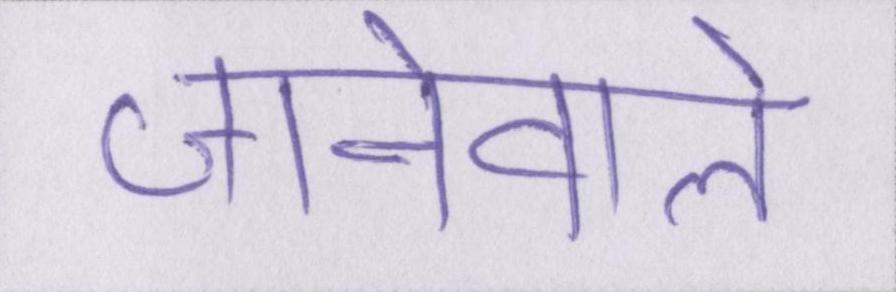
जानेवाले